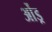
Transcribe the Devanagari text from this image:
ओंड्र